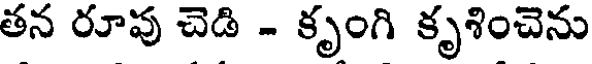
తన రూపు చెడి - కృంగి కృశించెను